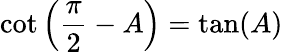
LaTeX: \cot\left({\frac{\pi}{2}}-A\right)=\tan(A)